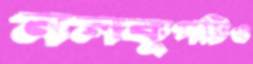
নলকূপটিও